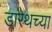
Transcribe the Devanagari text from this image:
डारेथच्या